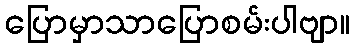
ပြောမှာသာပြောစမ်းပါဗျာ။